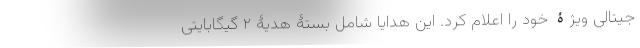
جیتالی ویژۀ خود را اعلام کرد. این هدایا شامل بستۀ هدیۀ ۲ گیگابایتی